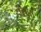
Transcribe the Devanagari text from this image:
दासपॉ